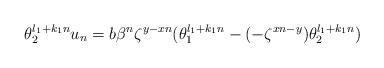
LaTeX: \begin{align*} \theta_2^{l_1+k_1n}u_n=b\beta^n\zeta^{y-xn}(\theta_1^{l_1+k_1n}-(-\zeta^{xn-y})\theta_2^{l_1+k_1n})\end{align*}